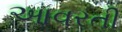
આવરતી